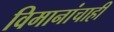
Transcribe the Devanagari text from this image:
विमानांचाही